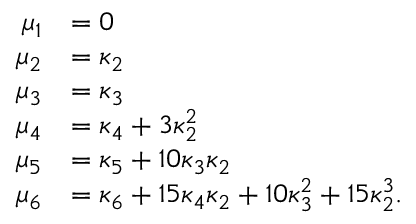
{ \begin{array} { r l } { \mu _ { 1 } } & { = 0 } \\ { \mu _ { 2 } } & { = \kappa _ { 2 } } \\ { \mu _ { 3 } } & { = \kappa _ { 3 } } \\ { \mu _ { 4 } } & { = \kappa _ { 4 } + 3 \kappa _ { 2 } ^ { 2 } } \\ { \mu _ { 5 } } & { = \kappa _ { 5 } + 1 0 \kappa _ { 3 } \kappa _ { 2 } } \\ { \mu _ { 6 } } & { = \kappa _ { 6 } + 1 5 \kappa _ { 4 } \kappa _ { 2 } + 1 0 \kappa _ { 3 } ^ { 2 } + 1 5 \kappa _ { 2 } ^ { 3 } . } \end{array} }